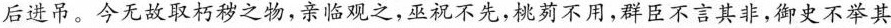
后进吊。今无故取朽秽之物，亲临观之，巫祝不先，桃剪不用，群臣不言其非，御史不举其